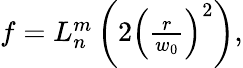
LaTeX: \begin{array}{r}{f=L_{n}^{m}\left(2\left(\frac{r}{w_{0}}\right)^{2}\right),}\end{array}